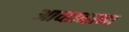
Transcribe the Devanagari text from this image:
आव्हानाना